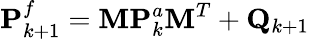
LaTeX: \mathbf{P}_{k+1}^{f}=\mathbf{M}\mathbf{P}_{k}^{a}\mathbf{M}^{T}+\mathbf{Q}_{k+1}